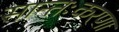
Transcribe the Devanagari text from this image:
सान्तःकरणा